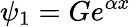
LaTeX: \psi_{1}=Ge^{\alpha x}\,